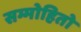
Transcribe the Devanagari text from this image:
सम्मोहितो